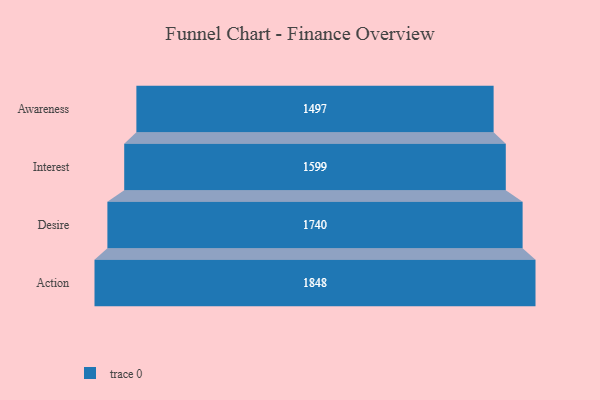
{"axis": {"x": "Stage", "y": "Value"}, "legend": [""], "data": [{"x": "Awareness", "y": 1497.0, "type": ""}, {"x": "Interest", "y": 1599.0, "type": ""}, {"x": "Desire", "y": 1740.0, "type": ""}, {"x": "Action", "y": 1848.0, "type": ""}]}